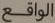
الواقع